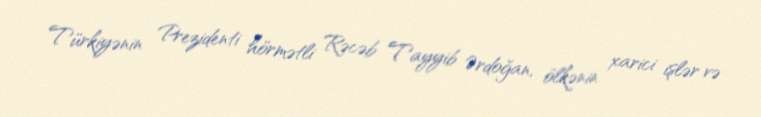
Türkiyənin Prezidenti hörmətli Rəcəb Tayyib Ərdoğan, ölkənin xarici işlər və